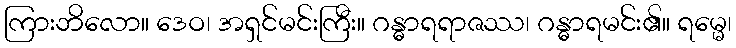
ကြားဘိလော။ ဒေဝ၊ အရှင်မင်းကြီး။ ဂန္ဓာရရာဇဿ၊ ဂန္ဓာရမင်း၏။ ရမ္မေ၊